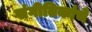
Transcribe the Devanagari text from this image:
संगीतिकांचे